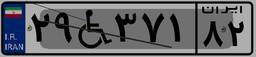
۵۴W۶۵۸۴۰